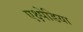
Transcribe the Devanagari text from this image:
एक्ष्पेडिया